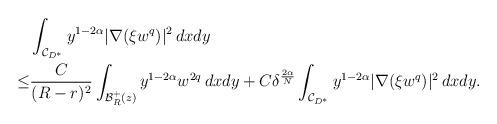
LaTeX: \begin{align*}&\int_{\mathcal{C}_{D^*}}y^{1-2\alpha}|\nabla(\xi w^q)|^2\,dxdy\\\leq &\frac C{(R-r)^2}\int_{\mathcal B^+_{R}(z)}y^{1-2\alpha}w^{2q}\,dxdy+C\delta^{\frac {2\alpha}N}\int_{\mathcal{C}_{D^*}}y^{1-2\alpha}|\nabla(\xi w^q)|^2\,dxdy.\end{align*}